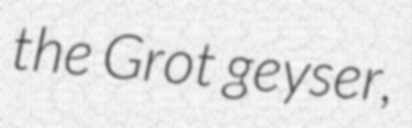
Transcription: the Grot geyser,